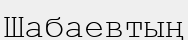
Шабаевтың